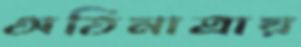
অতিমাত্রায়